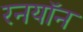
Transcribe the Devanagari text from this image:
रनयॉन